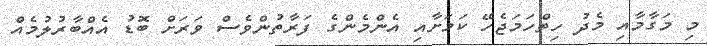
މި މަގާމާއި މެދު ހިތްހަމަޖެހޭ ކަމަށާއި އެންމެންގެ ފަރާތުންވެސް ވަރަށް ބޮޑު އެއްބާރުލުމެއް